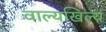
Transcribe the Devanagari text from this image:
वाल्यखिल्य